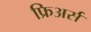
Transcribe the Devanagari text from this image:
फ्रिअर्स